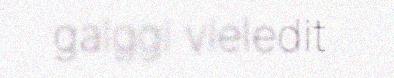
galggi vieledit